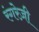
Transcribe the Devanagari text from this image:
रंगरेज़ी